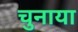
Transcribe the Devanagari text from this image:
चुनाया